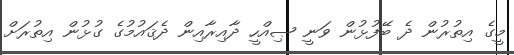
މީގެ އިތުރުން ދެ ބޭފުޅުން ވަނީ ޞިއްހީ ދާއިރާއިން ދެޤައުމުގެ ގުޅުން އިތުރަށް